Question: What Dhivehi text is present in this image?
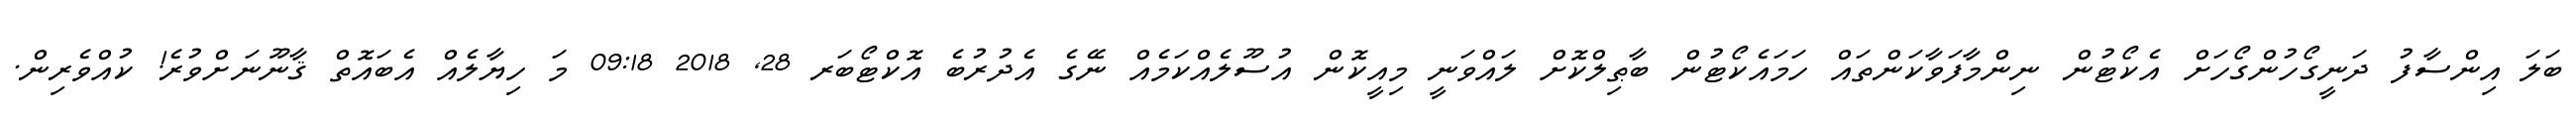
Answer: ބަލަ އިންސާފު ދަނީގޯހުންގޯހަށް އެކޯޓުން ނިންމާފަވާކަންތައް ހަމައެކޯޓުން ބާޠިލްކޮށް ލައްވަނީ މިއީކޮން އުސޫލެއްކަމެއް ނޭގެ އެދުރުބެ އޮކްޓޯބަރ 28, 2018 09:18 މަ ހިޔާލެއް އެބައޮތް ޤާނޫނަށްވުރެ! ކުއްވެރިން.